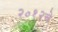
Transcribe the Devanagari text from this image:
२०१२चे